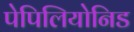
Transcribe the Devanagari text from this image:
पेपिलियोनिड